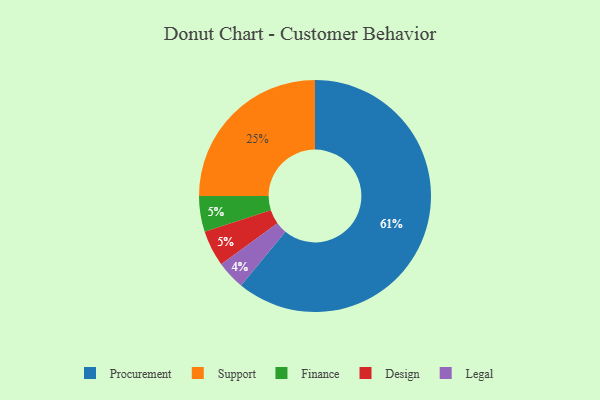
{"axis": {"x": "Category", "y": "Percentage"}, "legend": ["Design", "Finance", "Legal", "Procurement", "Support"], "data": [{"x": "Finance", "y": 5, "type": "Finance"}, {"x": "Design", "y": 5, "type": "Design"}, {"x": "Legal", "y": 4, "type": "Legal"}, {"x": "Support", "y": 25, "type": "Support"}, {"x": "Procurement", "y": 61, "type": "Procurement"}]}